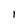
Character: 1